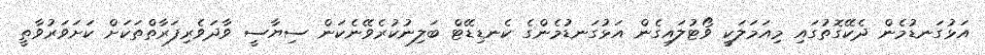
އަޅުގަނޑުމެން ދެކޭގޮތުގައި މިއަމަލަކީ ވޯޓުލައިގެން އަޅުގަނޑުމެންގެ ކެނޑިޑޭޓް ބަލިނުކުރެވޭނެކަން ސިޔާސީ ވާދަވެރިފަރާތްތަކަށް ކަށަވަރުވާތީ